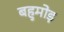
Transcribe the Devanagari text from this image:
बहुमोड़